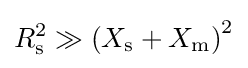
R_{\text{s}}^{2}\gg {\left(X_{\text{s}}+X_{\text{m}}\right)^{2}}